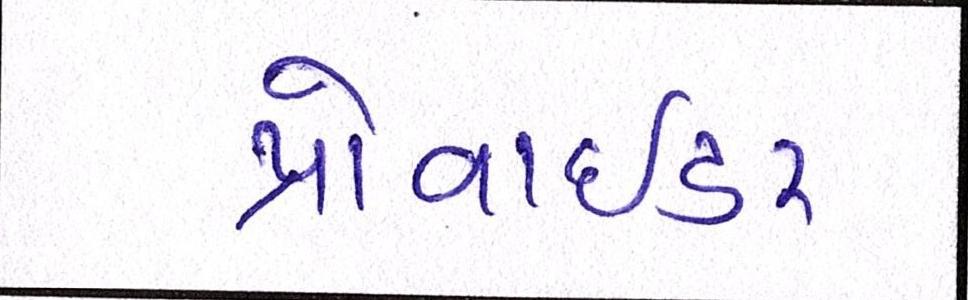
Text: પ્રોવાઇડર